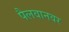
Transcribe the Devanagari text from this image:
पैलवानवर